Plague in India, 1896, 1897 - Volume 3
Year: 1896
Disease focus: Plague
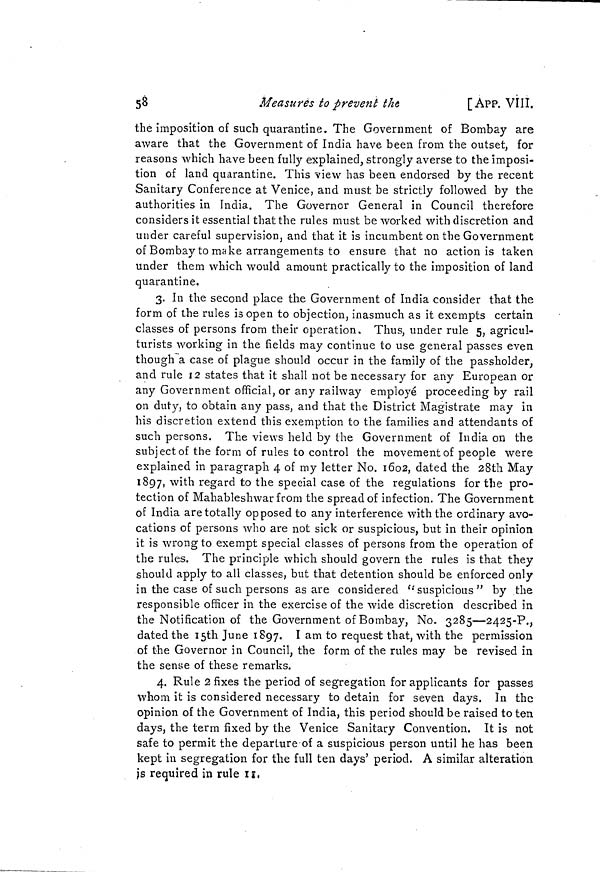
58
Measures to prevent the
[ APP. VIII.
the imposition of such quarantine. The Government of Bombay are
aware that the Government of India have been from the outset, for
reasons which have been fully explained, strongly averse to the imposi-
tion of land quarantine. This view has been endorsed by the recent
Sanitary Conference at Venice, and must be strictly followed by the
authorities in India. The Governor General in Council therefore
considers it essential that the rules must be worked with discretion and
under careful supervision, and that it is incumbent on the Government
of Bombay to make arrangements to ensure that no action is taken
under them which would amount practically to the imposition of land
quarantine,
3. In the second place the Government of India consider that the
form of the rules is open to objection, inasmuch as it exempts certain
classes of persons from their operation. Thus, under rule 5, agricul-
turists working in the fields may continue to use general passes even
though a case of plague should occur in the family of the passholder,
and rule 12 states that it shall not be necessary for any European or
any Government official, or any railway employé proceeding by rail
on duty, to obtain any pass, and that the District Magistrate may in
his discretion extend this exemption to the families and attendants of
such persons. The views held by the Government of India on the
subject of the form of rules to control the movement of people were
explained in paragraph 4 of my letter No. 1602, dated the 28th May
1897, with regard to the special case of the regulations for the pro-
tection of Mahableshwar from the spread of infection. The Government
of India are totally opposed to any interference with the ordinary avo-
cations of persons who are not sick or suspicious, but in their opinion
it is wrong to exempt special classes of persons from the operation of
the rules. The principle which should govern the rules is that they
should apply to all classes, but that detention should be enforced only
in the case of such persons as are considered " suspicious " by the
responsible officer in the exercise of the wide discretion described in
the Notification of the Government of Bombay, No. 3285—2425-P.,
dated the 15th June 1897. I am to request that, with the permission
of the Governor in Council, the form of the rules may be revised in
the sense of these remarks.
4. Rule 2 fixes the period of segregation for applicants for passes
whom it is considered necessary to detain for seven days. In the
opinion of the Government of India, this period should be raised to ten
days, the term fixed by the Venice Sanitary Convention. It is not
safe to permit the departure of a suspicious person until he has been
kept in segregation for the full ten days period. A similar alteration
is required in rule II.